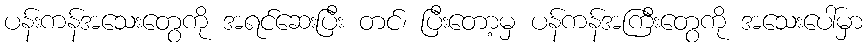
ပန်းကန်အသေးတွေကို အရင်ဆေးပြီး တင်၊ ပြီးတော့မှ ပန်ကန်အကြီးတွေကို အသေးပေါ်မှာ